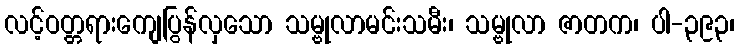
လင့်ဝတ္တရားကျေပြွန်လှသော သမ္ဗုလာမင်းသမီး၊ သမ္ဗုလာ ဇာတက၊ ပါ-၃၉၃၊